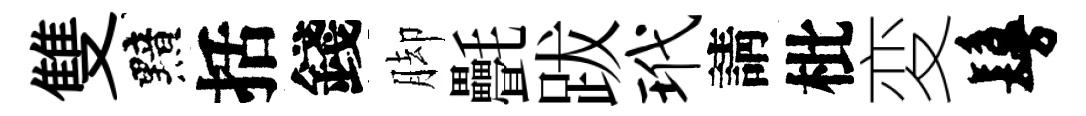
雙黯括錢脚㲲跋玳請枇変鬘